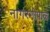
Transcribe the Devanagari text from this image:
नागरगोपाल